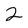
Character: 2